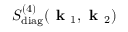
S _ { \mathrm { d i a g } } ^ { ( 4 ) } ( \textbf { k } _ { 1 } , \textbf { k } _ { 2 } )